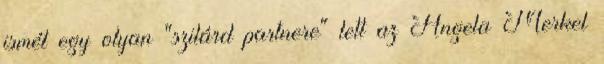
ismét egy olyan "szilárd partnere" lett az Angela Merkel